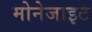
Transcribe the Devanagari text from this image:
मोनेजाइट